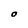
Character: O